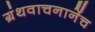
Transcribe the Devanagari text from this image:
ग्रंथवाचनानेंच